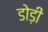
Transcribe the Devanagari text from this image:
डोड़ी